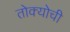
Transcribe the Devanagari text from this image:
तोक्योची